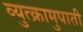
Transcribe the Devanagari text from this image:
व्युत्क्रामुपाती